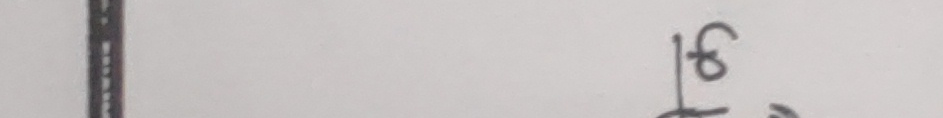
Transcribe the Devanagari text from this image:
६३